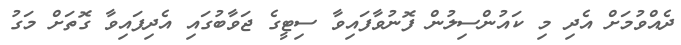
ދެއްވުމަށް އެދި މި ކައުންސިލުން ފޮނުވާފައިވާ ސިޓީގެ ޖަވާބުގައި އެދިފައިވާ ގޮތަށް މަގު